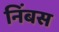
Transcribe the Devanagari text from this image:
निंबस